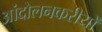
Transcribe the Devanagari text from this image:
आंदोलनकरीयों